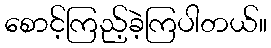
စောင့်ကြည့်ခဲ့ကြပါတယ်။